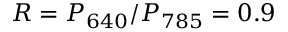
R = P _ { 6 4 0 } / P _ { 7 8 5 } = 0 . 9